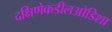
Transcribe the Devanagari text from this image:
दक्षिणेकडीलओडिशा